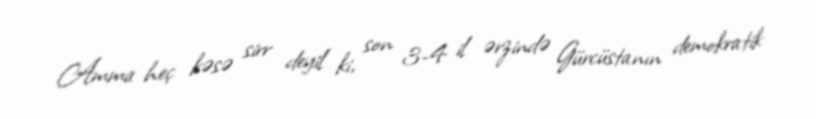
Amma heç kəsə sirr deyil ki, son 3-4 il ərzində Gürcüstanın demokratik